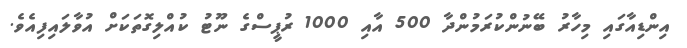
އިންޑިއާގައި މިހާރު ބޭނުންކުރަމުންދާ 500 އާއި 1000 ރުޕީސްގެ ނޫޓު ކުއްލިގޮތަކަށް އުވާލައިފިއެވެ.